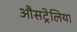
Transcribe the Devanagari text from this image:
औसट्रेलिया